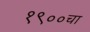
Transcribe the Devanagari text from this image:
१९००चा